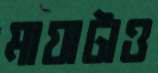
মায়াটাও